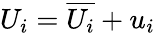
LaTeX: U_{i}=\overline{{U_{i}}}+u_{i}